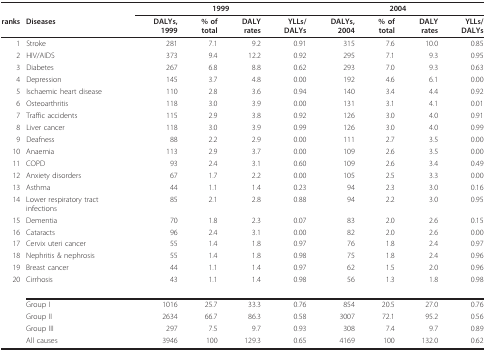
<table><thead><tr><td></td><td></td><td colspan="4"><b>1999</b></td><td colspan="4"><b>2004</b></td></tr><tr><td><b>ranks</b></td><td><b>Diseases</b></td><td><b>DALYs, 1999</b></td><td><b>% of total</b></td><td><b>DALY rates</b></td><td><b>YLLs/DALYs</b></td><td><b>DALYs, 2004</b></td><td><b>% of total</b></td><td><b>DALY rates</b></td><td><b>YLLs/DALYs</b></td></tr></thead><tbody><tr><td>1</td><td>Stroke</td><td>281</td><td>7.1</td><td>9.2</td><td>0.91</td><td>315</td><td>7.6</td><td>10.0</td><td>0.85</td></tr><tr><td>2</td><td>HIV/AIDS</td><td>373</td><td>9.4</td><td>12.2</td><td>0.92</td><td>295</td><td>7.1</td><td>9.3</td><td>0.95</td></tr><tr><td>3</td><td>Diabetes</td><td>267</td><td>6.8</td><td>8.8</td><td>0.62</td><td>293</td><td>7.0</td><td>9.3</td><td>0.63</td></tr><tr><td>4</td><td>Depression</td><td>145</td><td>3.7</td><td>4.8</td><td>0.00</td><td>192</td><td>4.6</td><td>6.1</td><td>0.00</td></tr><tr><td>5</td><td>Ischaemic heart disease</td><td>110</td><td>2.8</td><td>3.6</td><td>0.94</td><td>140</td><td>3.4</td><td>4.4</td><td>0.92</td></tr><tr><td>6</td><td>Osteoarthritis</td><td>118</td><td>3.0</td><td>3.9</td><td>0.00</td><td>131</td><td>3.1</td><td>4.1</td><td>0.01</td></tr><tr><td>7</td><td>Traffic accidents</td><td>115</td><td>2.9</td><td>3.8</td><td>0.92</td><td>126</td><td>3.0</td><td>4.0</td><td>0.91</td></tr><tr><td>8</td><td>Liver cancer</td><td>118</td><td>3.0</td><td>3.9</td><td>0.99</td><td>126</td><td>3.0</td><td>4.0</td><td>0.99</td></tr><tr><td>9</td><td>Deafness</td><td>88</td><td>2.2</td><td>2.9</td><td>0.00</td><td>111</td><td>2.7</td><td>3.5</td><td>0.00</td></tr><tr><td>10</td><td>Anaemia</td><td>113</td><td>2.9</td><td>3.7</td><td>0.00</td><td>109</td><td>2.6</td><td>3.5</td><td>0.00</td></tr><tr><td>11</td><td>COPD</td><td>93</td><td>2.4</td><td>3.1</td><td>0.60</td><td>109</td><td>2.6</td><td>3.4</td><td>0.49</td></tr><tr><td>12</td><td>Anxiety disorders</td><td>67</td><td>1.7</td><td>2.2</td><td>0.00</td><td>105</td><td>2.5</td><td>3.3</td><td>0.00</td></tr><tr><td>13</td><td>Asthma</td><td>44</td><td>1.1</td><td>1.4</td><td>0.23</td><td>94</td><td>2.3</td><td>3.0</td><td>0.16</td></tr><tr><td>14</td><td>Lower respiratory tract infections</td><td>85</td><td>2.1</td><td>2.8</td><td>0.88</td><td>94</td><td>2.2</td><td>3.0</td><td>0.95</td></tr><tr><td>15</td><td>Dementia</td><td>70</td><td>1.8</td><td>2.3</td><td>0.07</td><td>83</td><td>2.0</td><td>2.6</td><td>0.15</td></tr><tr><td>16</td><td>Cataracts</td><td>96</td><td>2.4</td><td>3.1</td><td>0.00</td><td>82</td><td>2.0</td><td>2.6</td><td>0.00</td></tr><tr><td>17</td><td>Cervix uteri cancer</td><td>55</td><td>1.4</td><td>1.8</td><td>0.97</td><td>76</td><td>1.8</td><td>2.4</td><td>0.97</td></tr><tr><td>18</td><td>Nephritis &amp; nephrosis</td><td>55</td><td>1.4</td><td>1.8</td><td>0.98</td><td>75</td><td>1.8</td><td>2.4</td><td>0.96</td></tr><tr><td>19</td><td>Breast cancer</td><td>44</td><td>1.1</td><td>1.4</td><td>0.97</td><td>62</td><td>1.5</td><td>2.0</td><td>0.96</td></tr><tr><td>20</td><td>Cirrhosis</td><td>43</td><td>1.1</td><td>1.4</td><td>0.98</td><td>56</td><td>1.3</td><td>1.8</td><td>0.98</td></tr><tr><td></td><td>Group I</td><td>1016</td><td>25.7</td><td>33.3</td><td>0.76</td><td>854</td><td>20.5</td><td>27.0</td><td>0.76</td></tr><tr><td></td><td>Group II</td><td>2634</td><td>66.7</td><td>86.3</td><td>0.58</td><td>3007</td><td>72.1</td><td>95.2</td><td>0.56</td></tr><tr><td></td><td>Group III</td><td>297</td><td>7.5</td><td>9.7</td><td>0.93</td><td>308</td><td>7.4</td><td>9.7</td><td>0.89</td></tr><tr><td></td><td>All causes</td><td>3946</td><td>100</td><td>129.3</td><td>0.65</td><td>4169</td><td>100</td><td>132.0</td><td>0.62</td></tr></tbody></table>